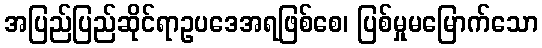
အပြည်ပြည်ဆိုင်ရာဥပဒေအရဖြစ်စေ၊ ပြစ်မှုမမြောက်သော